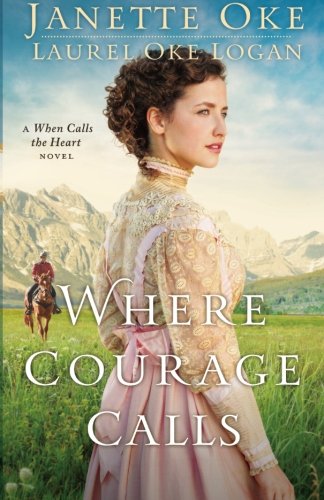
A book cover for Where Courage Calls (Return to the Canadian West) (Volume 1); Janette Oke; Romance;